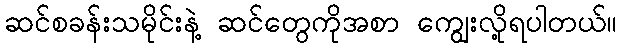
ဆင်စခန်းသမိုင်းနဲ့ ဆင်တွေကိုအစာ ကျွေးလို့ရပါတယ်။